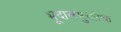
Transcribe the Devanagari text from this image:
भूदासमुक्तीचा